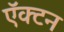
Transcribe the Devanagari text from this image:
ऍक्टन